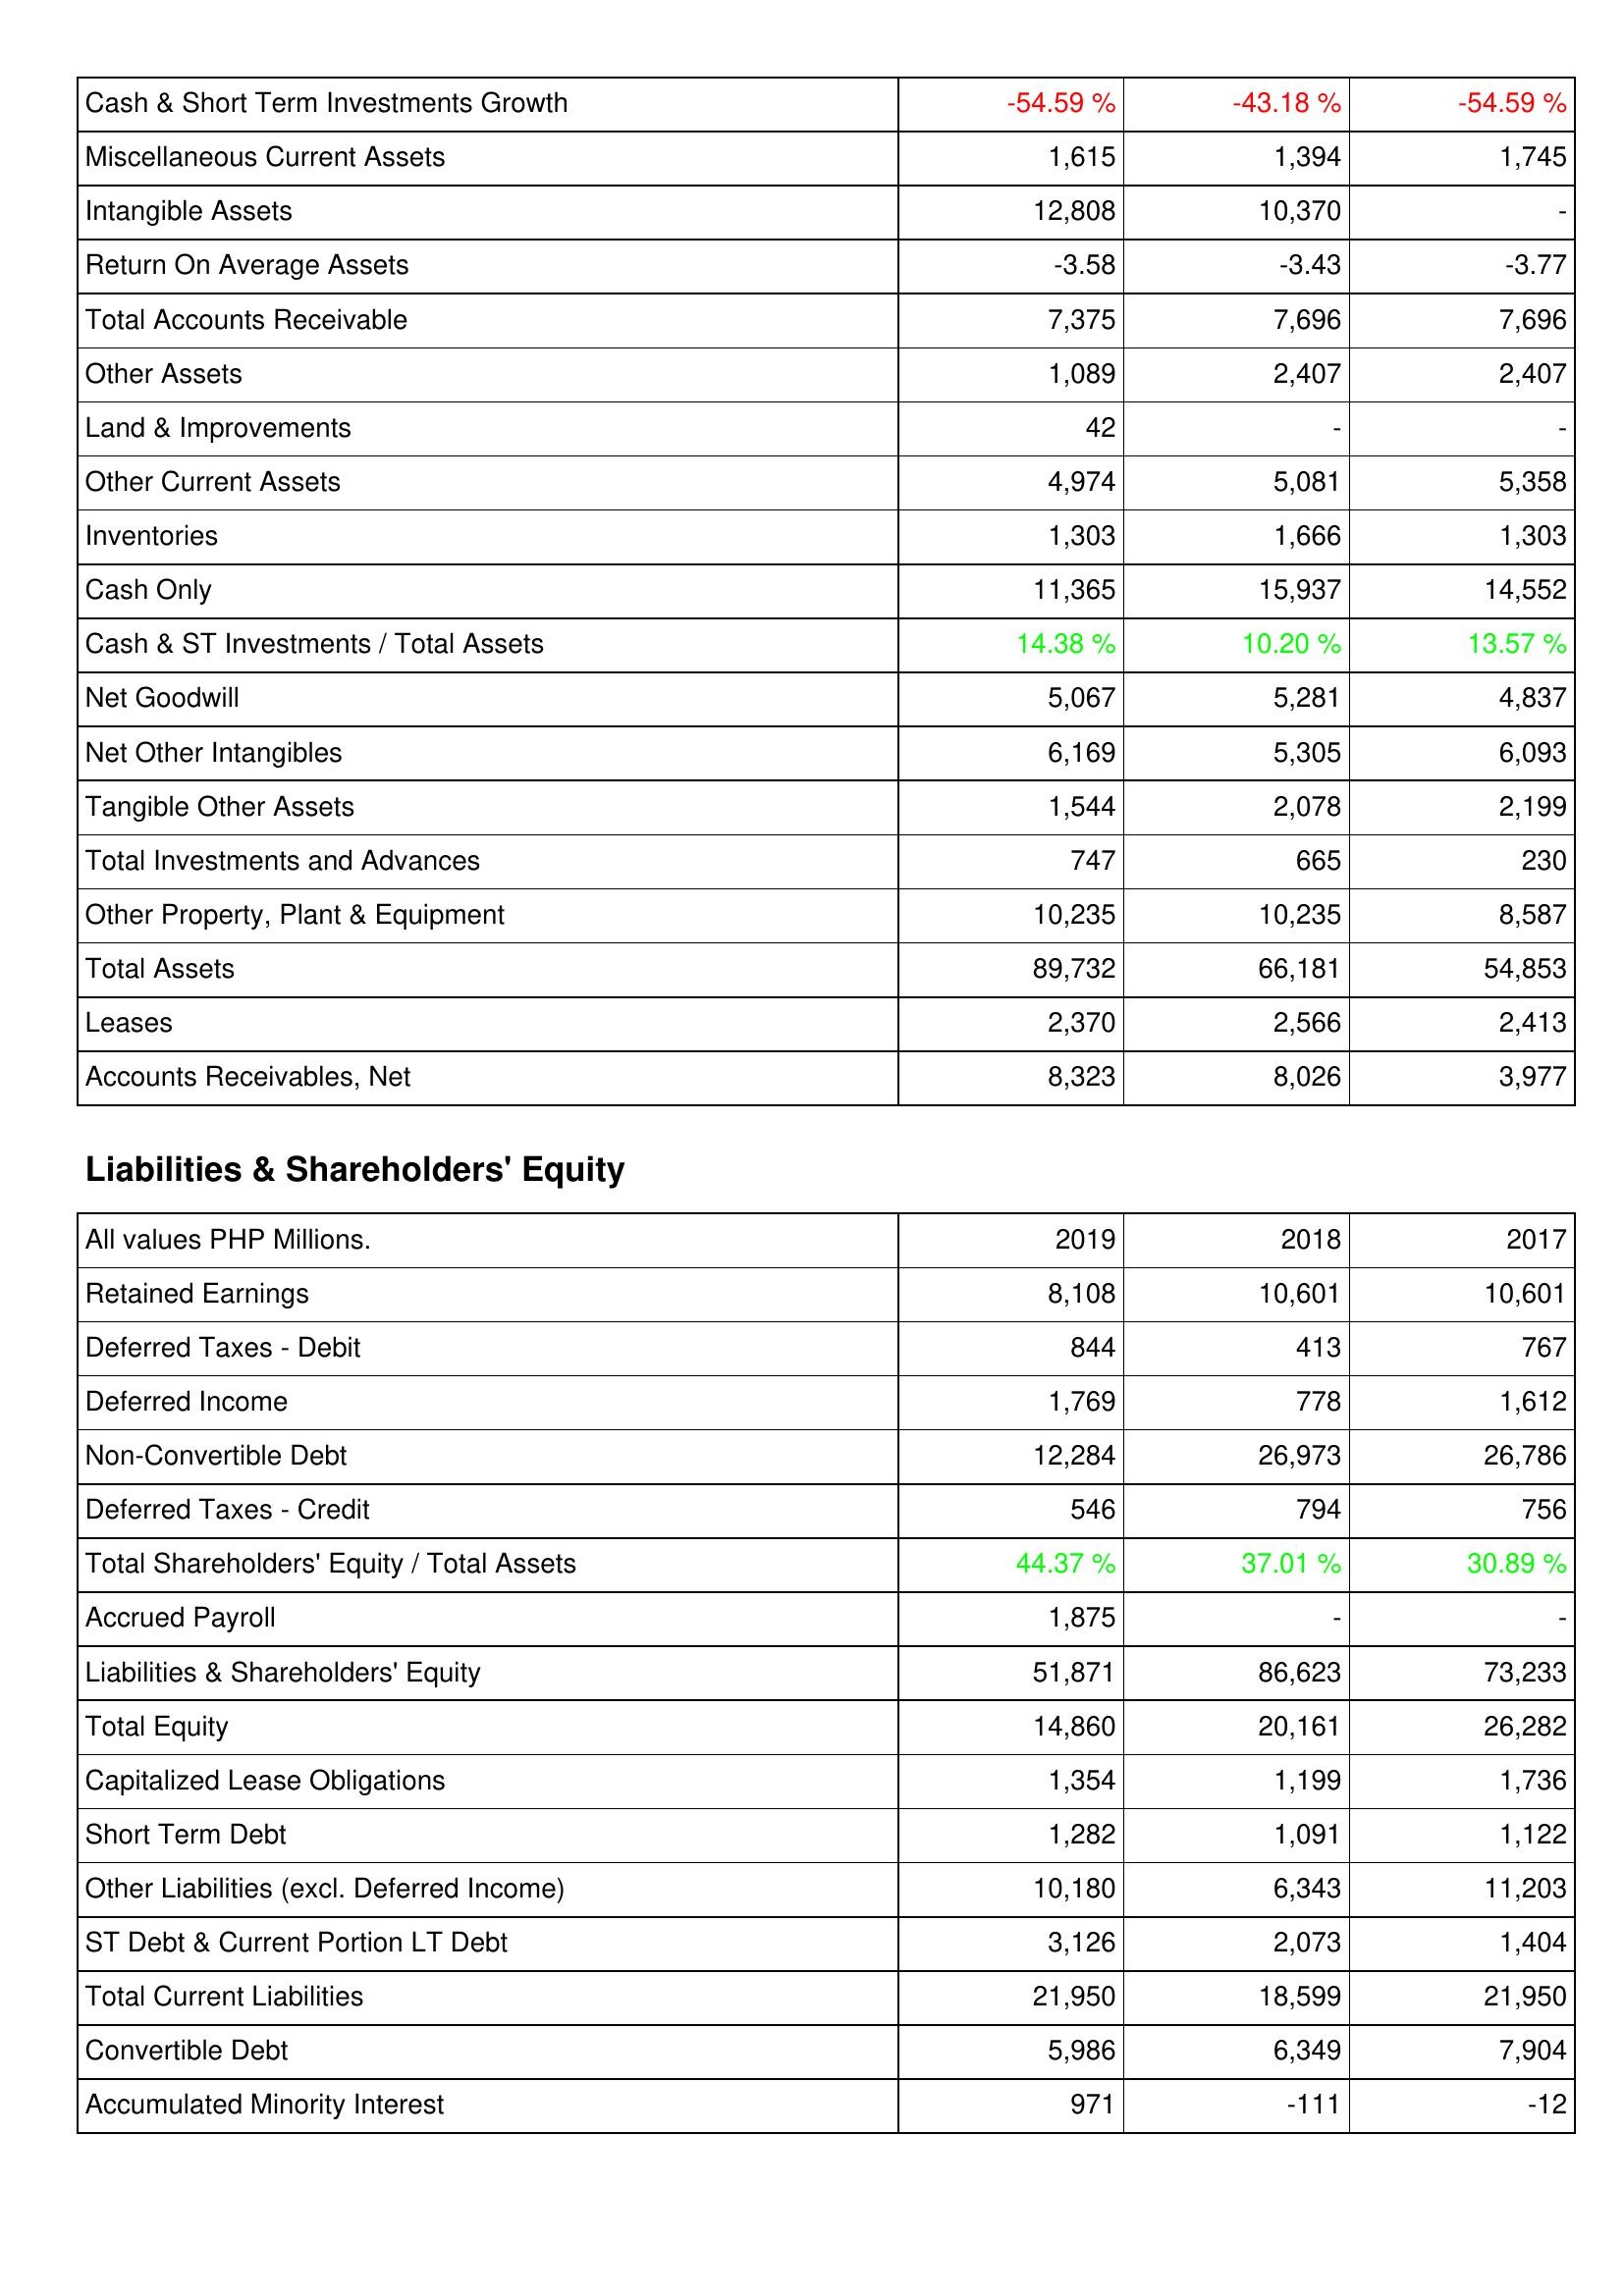
2019: Assets: Cash & Short Term Investments Growth: -54.59 %
Miscellaneous Current Assets: 1,615
Intangible Assets: 12,808
Return On Average Assets: -3.58
Total Accounts Receivable: 7,375
Other Assets: 1,089
Land & Improvements: 42
Other Current Assets: 4,974
Inventories: 1,303
Cash Only: 11,365
Cash & ST Investments / Total Assets: 14.38 %
Net Goodwill: 5,067
Net Other Intangibles: 6,169
Tangible Other Assets: 1,544
Total Investments and Advances: 747
Other Property, Plant & Equipment: 10,235
Total Assets: 89,732
Leases: 2,370
Accounts Receivables, Net: 8,323
Liabilities & Shareholders' Equity: Retained Earnings: 8,108
Deferred Taxes - Debit: 844
Deferred Income: 1,769
Non-Convertible Debt: 12,284
Deferred Taxes - Credit: 546
Total Shareholders' Equity / Total Assets: 44.37 %
Accrued Payroll: 1,875
Liabilities & Shareholders' Equity: 51,871
Total Equity: 14,860
Capitalized Lease Obligations: 1,354
Short Term Debt: 1,282
Other Liabilities (excl. Deferred Income): 10,180
ST Debt & Current Portion LT Debt: 3,126
Total Current Liabilities: 21,950
Convertible Debt: 5,986
Accumulated Minority Interest: 971
2018: Assets: Cash & Short Term Investments Growth: -43.18 %
Miscellaneous Current Assets: 1,394
Intangible Assets: 10,370
Return On Average Assets: -3.43
Total Accounts Receivable: 7,696
Other Assets: 2,407
Land & Improvements: -
Other Current Assets: 5,081
Inventories: 1,666
Cash Only: 15,937
Cash & ST Investments / Total Assets: 10.20 %
Net Goodwill: 5,281
Net Other Intangibles: 5,305
Tangible Other Assets: 2,078
Total Investments and Advances: 665
Other Property, Plant & Equipment: 10,235
Total Assets: 66,181
Leases: 2,566
Accounts Receivables, Net: 8,026
Liabilities & Shareholders' Equity: Retained Earnings: 10,601
Deferred Taxes - Debit: 413
Deferred Income: 778
Non-Convertible Debt: 26,973
Deferred Taxes - Credit: 794
Total Shareholders' Equity / Total Assets: 37.01 %
Accrued Payroll: -
Liabilities & Shareholders' Equity: 86,623
Total Equity: 20,161
Capitalized Lease Obligations: 1,199
Short Term Debt: 1,091
Other Liabilities (excl. Deferred Income): 6,343
ST Debt & Current Portion LT Debt: 2,073
Total Current Liabilities: 18,599
Convertible Debt: 6,349
Accumulated Minority Interest: -111
2017: Assets: Cash & Short Term Investments Growth: -54.59 %
Miscellaneous Current Assets: 1,745
Intangible Assets: -
Return On Average Assets: -3.77
Total Accounts Receivable: 7,696
Other Assets: 2,407
Land & Improvements: -
Other Current Assets: 5,358
Inventories: 1,303
Cash Only: 14,552
Cash & ST Investments / Total Assets: 13.57 %
Net Goodwill: 4,837
Net Other Intangibles: 6,093
Tangible Other Assets: 2,199
Total Investments and Advances: 230
Other Property, Plant & Equipment: 8,587
Total Assets: 54,853
Leases: 2,413
Accounts Receivables, Net: 3,977
Liabilities & Shareholders' Equity: Retained Earnings: 10,601
Deferred Taxes - Debit: 767
Deferred Income: 1,612
Non-Convertible Debt: 26,786
Deferred Taxes - Credit: 756
Total Shareholders' Equity / Total Assets: 30.89 %
Accrued Payroll: -
Liabilities & Shareholders' Equity: 73,233
Total Equity: 26,282
Capitalized Lease Obligations: 1,736
Short Term Debt: 1,122
Other Liabilities (excl. Deferred Income): 11,203
ST Debt & Current Portion LT Debt: 1,404
Total Current Liabilities: 21,950
Convertible Debt: 7,904
Accumulated Minority Interest: -12